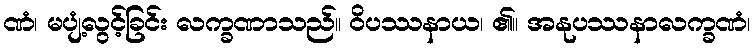
ဏံ၊ မပျံ့လွင့်ခြင်း လက္ခဏာသည်။ ဝိပဿနာယ၊ ၏။ အနုပဿနာလက္ခဏံ၊